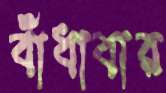
বাঁধাবার